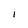
Character: 1